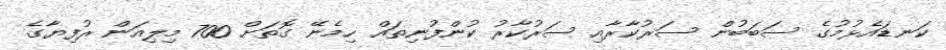
ކަނޑައެޅުމުގެ ސަބަބުން ސަރުކާރާއި ސަރުކާރު ކުންފުނިތައް ހިމެނޭ ގޮތަށް 700 މިލިއަން ރުފިޔާގެ